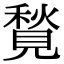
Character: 𧡣